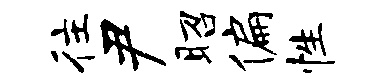
往尹昭偏性